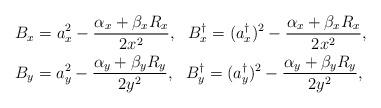
LaTeX: \begin{align*}& B_x = {a_x^2}- \frac{\alpha_x+\beta_x R_x}{2 x^{2}},\ \ B_x^{\dagger}= (a_x^{\dagger})^{2}- \frac{\alpha_x+\beta_x R_x}{2 x^{2}},\\& B_y = {a_y^2}- \frac{\alpha_y+\beta_y R_y}{2 y^{2}},\ \ B_y^{\dagger}= {(a_y^{\dagger})^{2}}- \frac{\alpha_y+\beta_y R_y}{2 y^{2}},\end{align*}